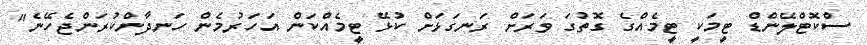
ސްކޮޓްލޭންޑް ޓީމަކީ ޓީމެއްގެ ގޮތުގަ ވަރަށް ރަނގަޅަށް ކުޅޭ ޓީމެއްކަން އަހަރުމެން ހަނދާންކުރަންޖެހޭނެ"